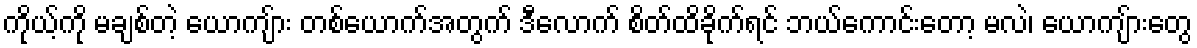
ကိုယ့်ကို မချစ်တဲ့ ယောကျ်ား တစ်ယောက်အတွက် ဒီလောက် စိတ်ထိခိုက်ရင် ဘယ်ကောင်းတော့ မလဲ၊ ယောကျ်ားတွေ